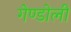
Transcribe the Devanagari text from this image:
गेण्डोली